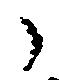
之